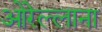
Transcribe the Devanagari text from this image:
ओरेल्लाना